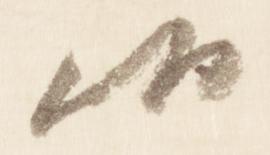
候